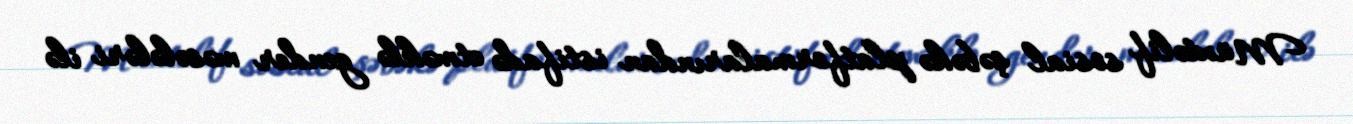
Müxtəlif sosial şəbəkə platformalarından istifadə etməklə gender məsələləri ilə